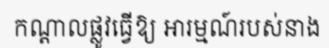
កណ្តាលផ្លូវធ្វើឱ្យ អារម្មណ៍របស់នាង